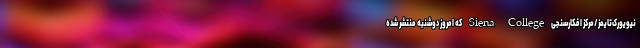
نیویورک‌تایمز/مرکز افکارسنجی Siena College که امروز دوشنبه منتشر شده